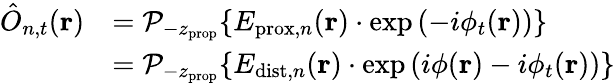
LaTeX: \begin{array}{rl}{\hat{O}_{n,t}(\mathbf{r})}&{=\mathcal{P}_{-z_{\mathrm{prop}}}\! \left\{ E_{\mathrm{prox},n}(\mathbf{r})\cdot\exp\left(-i\phi_{t}(\mathbf{r})\right)\right\} }\\ &{=\mathcal{P}_{-z_{\mathrm{prop}}}\! \left\{ E_{\mathrm{dist},n}(\mathbf{r})\cdot\exp\left(i\phi(\mathbf{r})-i\phi_{t}(\mathbf{r})\right)\right\} }\end{array}